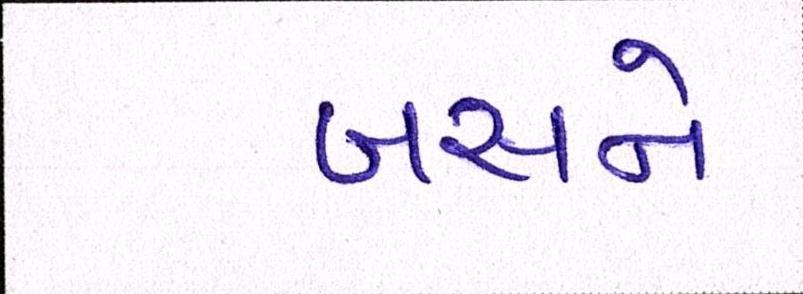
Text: બસને